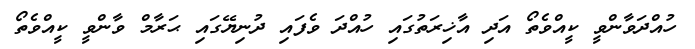
ހުއްދަވާންވީ ކީއްވެތޯ އަދި އާޚިރަތުގައި ހުއްދަ ވެފައި ދުނިޔޭގައި ޙަރާމް ވާންވީ ކީއްވެތޯ